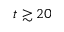
t \gtrsim 2 0